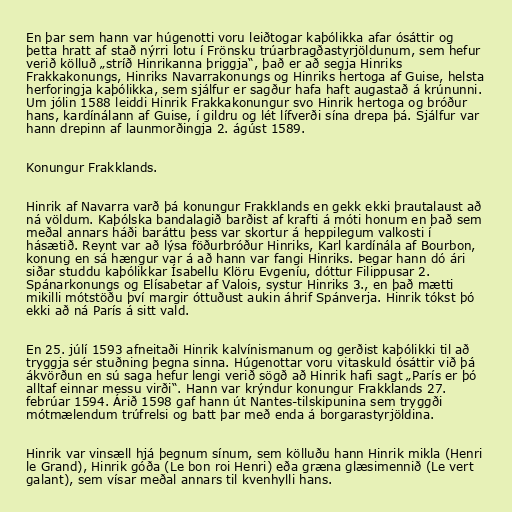
En þar sem hann var húgenotti voru leiðtogar kaþólikka afar ósáttir og
þetta hratt af stað nýrri lotu í Frönsku trúarbragðastyrjöldunum, sem hefur
verið kölluð „stríð Hinrikanna þriggja“, það er að segja Hinriks
Frakkakonungs, Hinriks Navarrakonungs og Hinriks hertoga af Guise, helsta
herforingja kaþólikka, sem sjálfur er sagður hafa haft augastað á krúnunni.
Um jólin 1588 leiddi Hinrik Frakkakonungur svo Hinrik hertoga og bróður
hans, kardínálann af Guise, í gildru og lét lífverði sína drepa þá. Sjálfur var
hann drepinn af launmorðingja 2. ágúst 1589.

Konungur Frakklands.

Hinrik af Navarra varð þá konungur Frakklands en gekk ekki þrautalaust að
ná völdum. Kaþólska bandalagið barðist af krafti á móti honum en það sem
meðal annars háði baráttu þess var skortur á heppilegum valkosti í
hásætið. Reynt var að lýsa föðurbróður Hinriks, Karl kardínála af Bourbon,
konung en sá hængur var á að hann var fangi Hinriks. Þegar hann dó ári
siðar studdu kaþólikkar Ísabellu Klöru Evgeníu, dóttur Filippusar 2.
Spánarkonungs og Elísabetar af Valois, systur Hinriks 3., en það mætti
mikilli mótstöðu því margir óttuðust aukin áhrif Spánverja. Hinrik tókst þó
ekki að ná París á sitt vald.

En 25. júlí 1593 afneitaði Hinrik kalvínismanum og gerðist kaþólikki til að
tryggja sér stuðning þegna sinna. Húgenottar voru vitaskuld ósáttir við þá
ákvörðun en sú saga hefur lengi verið sögð að Hinrik hafi sagt „París er þó
alltaf einnar messu virði“. Hann var krýndur konungur Frakklands 27.
febrúar 1594. Árið 1598 gaf hann út Nantes-tilskipunina sem tryggði
mótmælendum trúfrelsi og batt þar með enda á borgarastyrjöldina.

Hinrik var vinsæll hjá þegnum sínum, sem kölluðu hann Hinrik mikla (Henri
le Grand), Hinrik góða (Le bon roi Henri) eða græna glæsimennið (Le vert
galant), sem vísar meðal annars til kvenhylli hans.